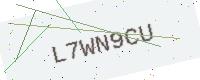
Text: L7WN9CU